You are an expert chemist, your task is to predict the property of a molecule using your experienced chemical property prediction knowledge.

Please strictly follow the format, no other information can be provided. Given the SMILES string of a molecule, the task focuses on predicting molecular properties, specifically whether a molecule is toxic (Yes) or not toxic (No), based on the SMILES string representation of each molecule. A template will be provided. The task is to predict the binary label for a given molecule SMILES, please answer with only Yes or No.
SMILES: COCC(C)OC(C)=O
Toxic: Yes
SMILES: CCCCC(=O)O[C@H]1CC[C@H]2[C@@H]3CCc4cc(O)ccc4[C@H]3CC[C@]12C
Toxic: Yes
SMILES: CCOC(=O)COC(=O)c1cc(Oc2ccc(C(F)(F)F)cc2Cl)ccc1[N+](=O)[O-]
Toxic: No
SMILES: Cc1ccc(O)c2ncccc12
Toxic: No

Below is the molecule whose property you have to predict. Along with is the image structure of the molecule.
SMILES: O=S1(=O)CC(Cl)(Cl)C(Cl)(Cl)C1
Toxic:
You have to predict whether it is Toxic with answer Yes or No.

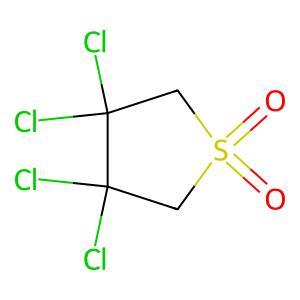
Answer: No